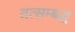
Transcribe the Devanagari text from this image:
तत्सम्बद्ध